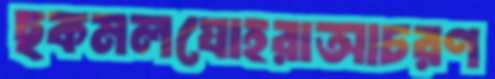
ছকমলযোহরাআচরণ